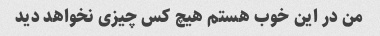
من در این خوب هستم هیچ کس چیزی نخواهد دید